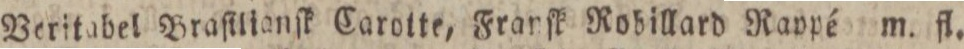
Veritabel Braſilianſk Carotte, Frarſk Robillard Raypé m. fl.